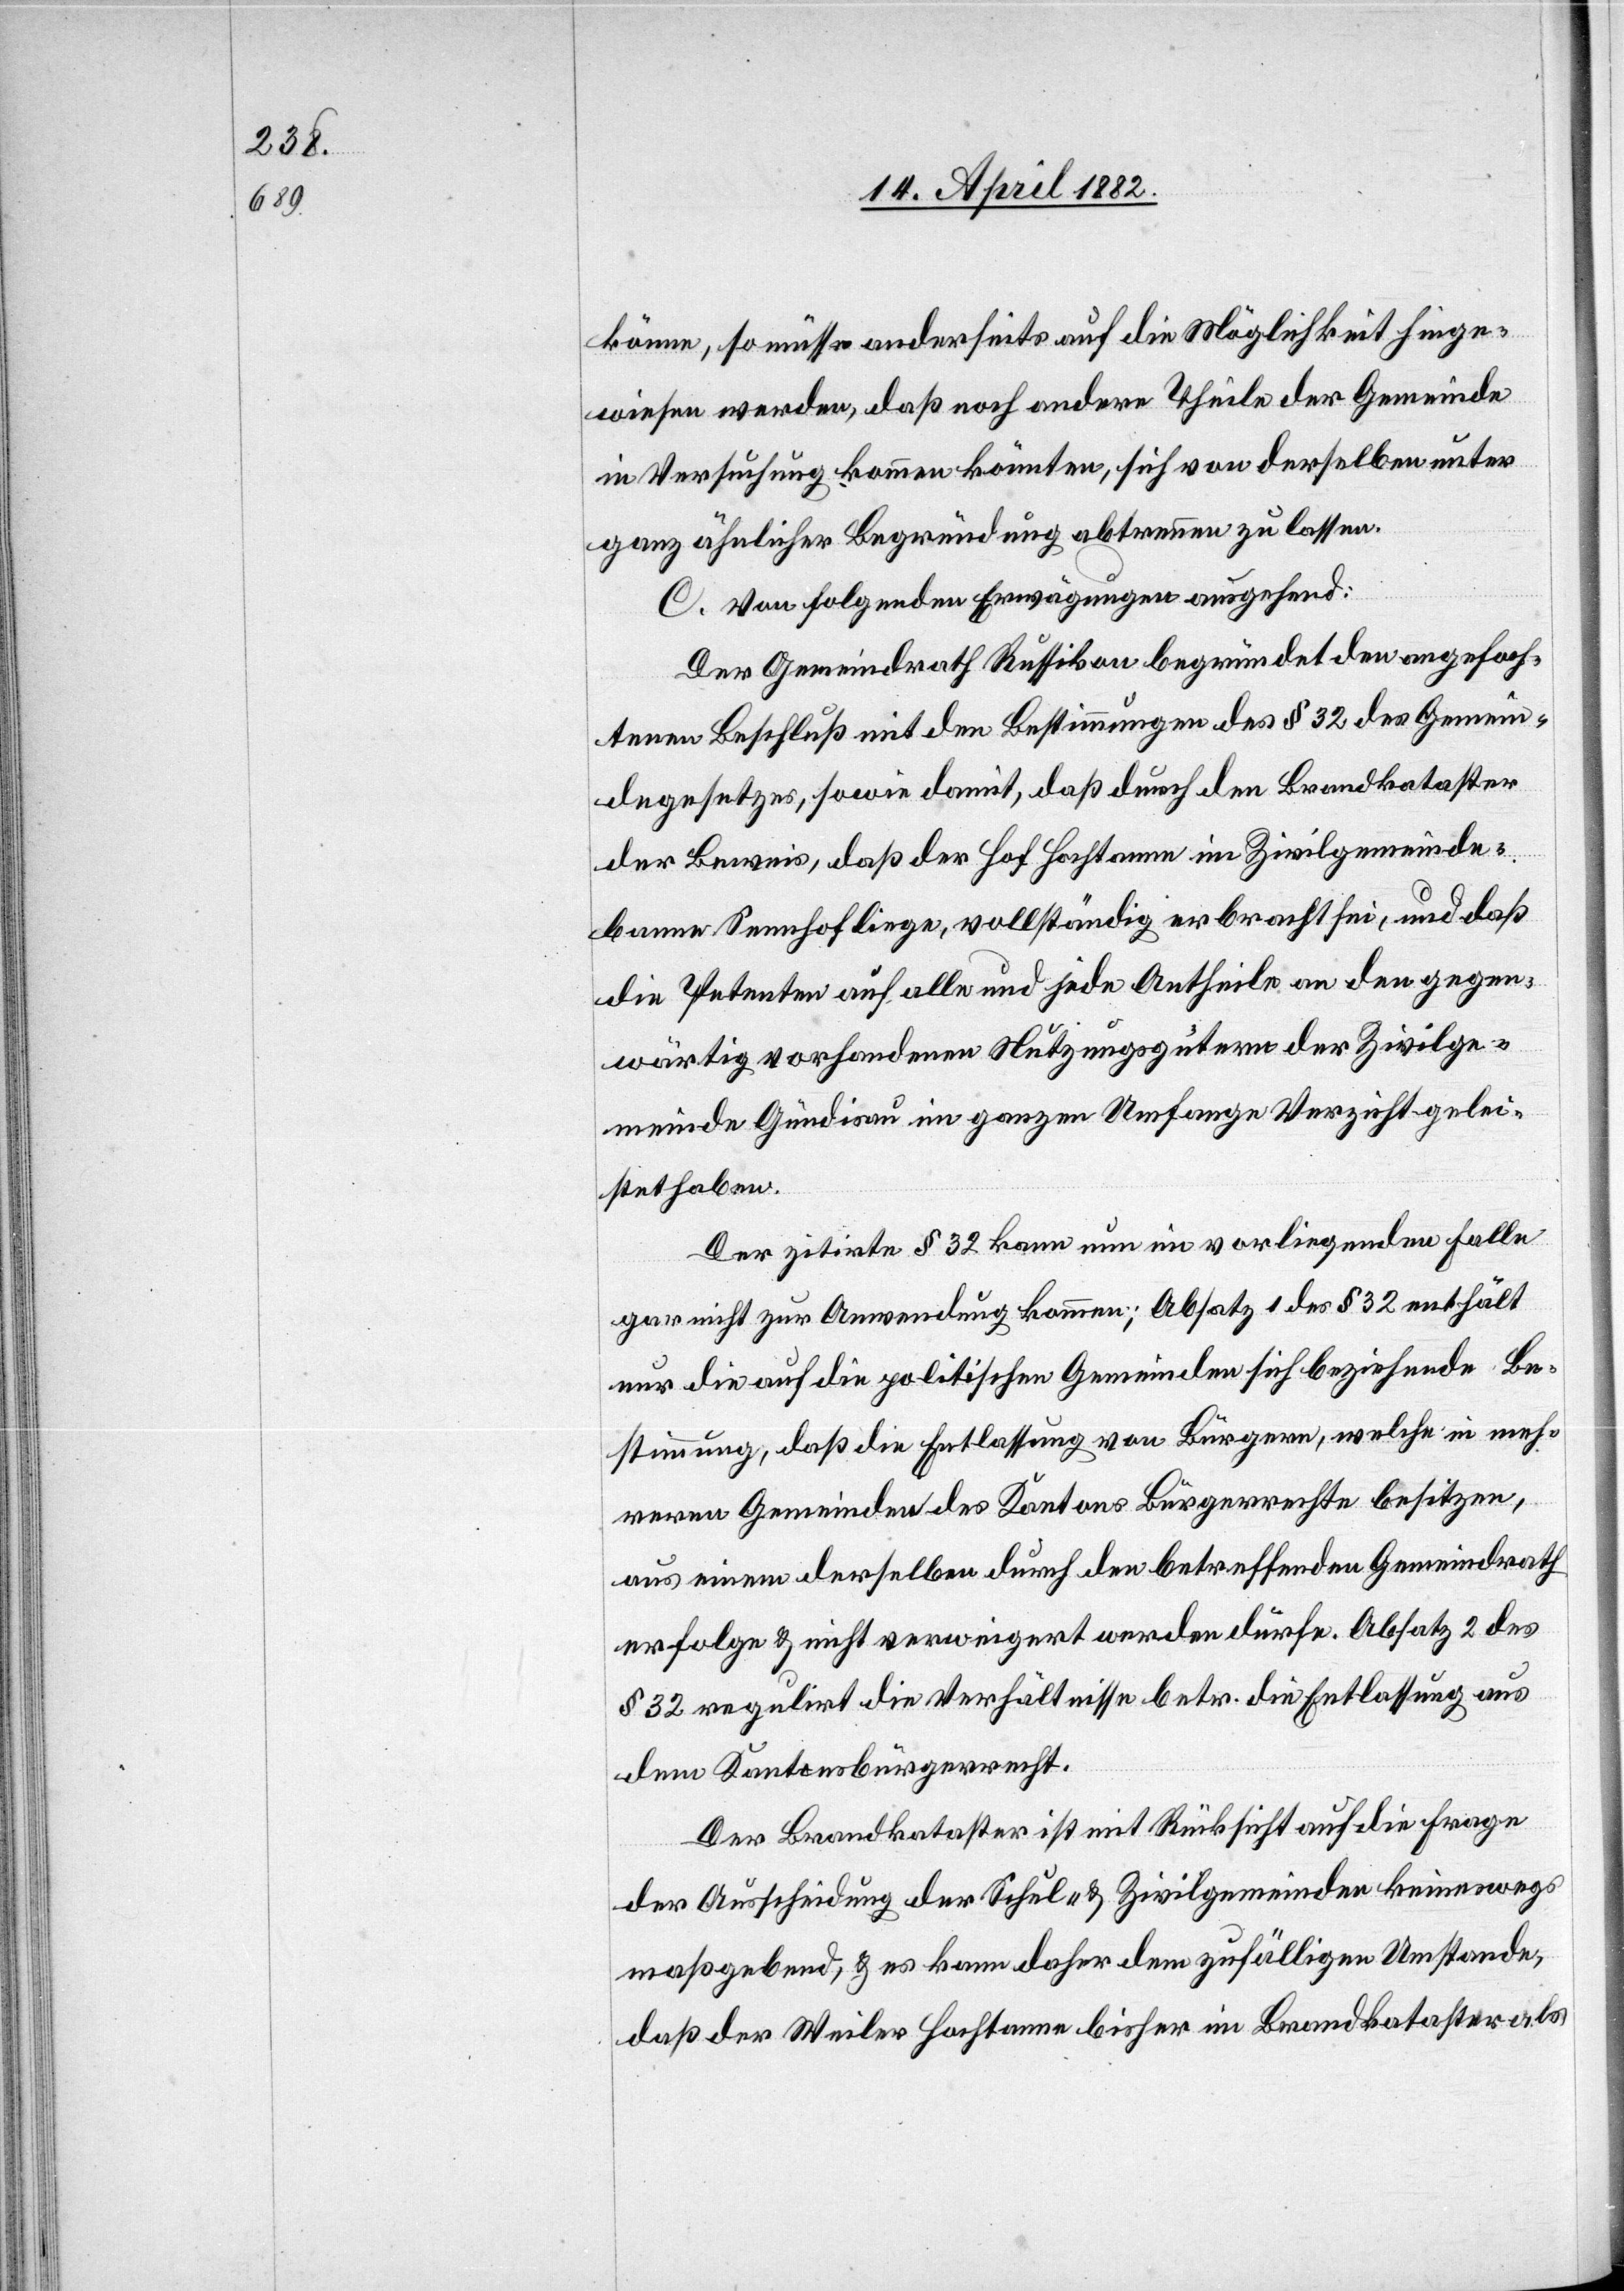
könne, so müsse anderseits auf die Möglichkeit hinge¬
wiesen werden, daß noch andere Theile der Gemeinde
in Versuchung kommen könnten, sich von derselben unter
ganz ähnlicher Begründung abtrennen zu lassen.
C. Von folgenden Erwägungen ausgehend:
Der Gemeindrath Russikon begründet den angefoch¬
tenen Beschluß mit den Bestimmungen des § 32 des Gemein¬
degesetzes, sowie damit, daß durch den Brandkataster
der Beweis, daß der Hof Hochtanne im Zivilgemeinde¬
banne Sennhof liege, vollständig erbracht sei, und daß
die Petenten auf alle und jede Antheile an den gegen¬
wärtig vorhandenen Nutzungsgütern der Zivilge¬
meinde Gündisau im ganzen Umfange Verzicht gelei¬
stet haben.
Der zitirte § 32 kann nun im vorliegenden Falle
gar nicht zur Anwendung kommen; Absatz 1 des § 32 enthält
nur die auf die politischen Gemeinden sich beziehende Be¬
stimmung, daß die Entlassung von Bürgern, welche in meh¬
reren Gemeinden des Kantons Bürgerrechte besitzen,
aus einem derselben durch den betreffenden Gemeindrath
erfolge & nicht verweigert werden dürfe. Absatz 2 des
§ 32 regulirt die Verhältnisse betr. die Entlassung aus
dem Kantonsbürgerrecht.
Der Brandkataster ist mit Rücksicht auf die Frage
der Ausscheidung der Schul- & Zivilgemeinden keineswegs
maßgebend, & es kann daher dem zufälligen Umstande,
daß der Weiler Hochtanne bisher im Brandkataster als